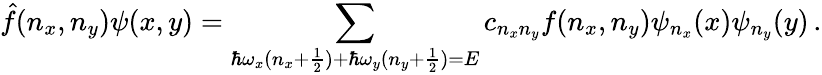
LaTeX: \hat{f}(n_{x},n_{y})\psi(x,y)=\sum_{\hbar\omega_{x}(n_{x}+\frac{1}{2})+\hbar\omega_{y}(n_{y}+\frac{1}{2})=E}c_{n_{x}n_{y}}f(n_{x},n_{y})\psi_{n_{x}}(x)\psi_{n_{y}}(y)\, .